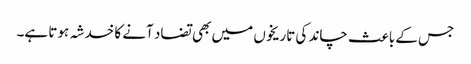
جس کے باعث چاند کی تاریخوں میں بھی تضاد آنے کا خدشہ ہوتا ہے۔